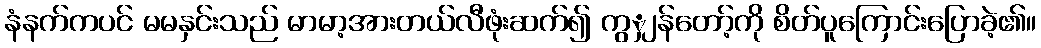
နံနက်ကပင် မမနှင်းသည် မာမာ့အားတယ်လီဖုံးဆက်၍ ကွျှန်တော့်ကို စိတ်ပူကြောင်းပြောခဲ့၏။